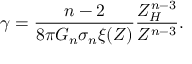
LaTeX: \gamma = \frac { n - 2 } { 8 \pi G _ { n } \sigma _ { n } \xi ( Z ) } \frac { Z _ { H } ^ { n - 3 } } { Z ^ { n - 3 } } .